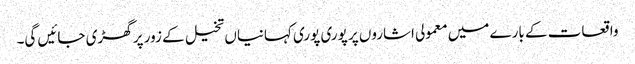
واقعات کے بارے میں معمولی اشاروں پر پوری پوری کہانیاں تخیل کے زور پر گھڑی جائیں گی۔